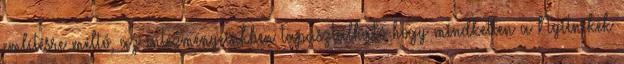
említésre méltó, az intézményeinkben tapasztalható hogy mindketten a Nyitnikék